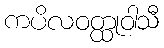
ကပိလဝတ္ထုဝါသီ